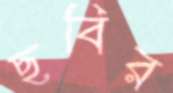
ছবির